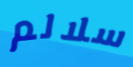
سلالم